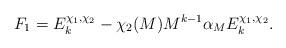
LaTeX: \begin{align*}F_1=E_k^{\chi_1,\chi_2}-\chi_2(M)M^{k-1}\alpha_ME_k^{\chi_1,\chi_2}.\end{align*}